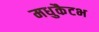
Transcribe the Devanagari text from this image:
मधुकैटभ